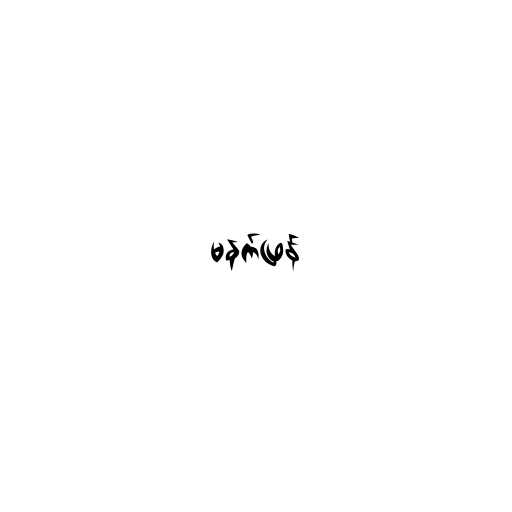
မနက်ဖြန်